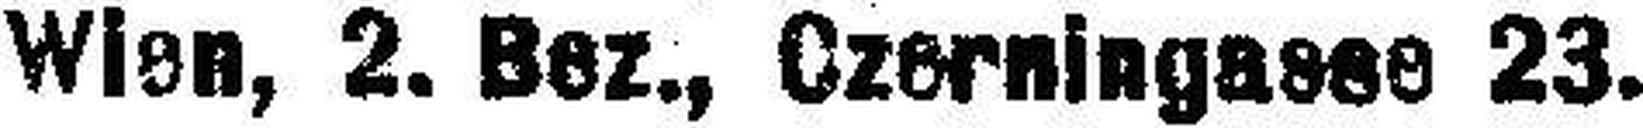
Wien, 2. Bez., Czerningasse 23.